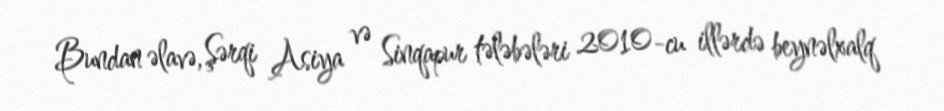
Bundan əlavə, Şərqi Asiya və Sinqapur tələbələri 2010-cu illərdə beynəlxalq